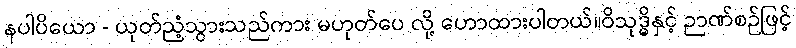
နပါပိယော - ယုတ်ညံ့သွားသည်ကား မဟုတ်ပေ လို့ ဟောထားပါတယ်။ဝိသုဒ္ဓိနှင့် ဉာဏ်စဉ်ဖြင့်